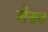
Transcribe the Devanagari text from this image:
बोरूत